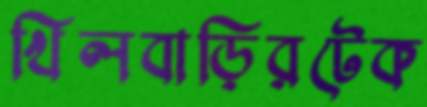
খিলবাড়িরটেক